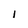
Character: I